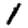
Digit: 1